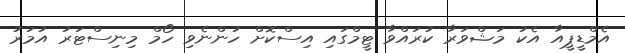
އެމްޑީޕީއާ އެކު މަޝްވަރާ ކުރައްވާ ޓީމްގައި އިސްކޮށް ހުންނެވި ހޯމް މިނިސްޓަރު އުމަރު